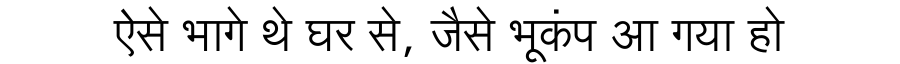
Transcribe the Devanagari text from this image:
ऐसे भागे थे घर से, जैसे भूकंप आ गया हो